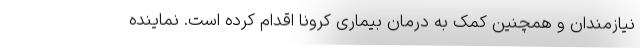
نیازمندان و همچنین کمک به درمان بیماری کرونا اقدام کرده است. نماینده